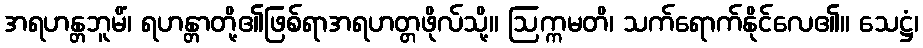
အရဟန္တဘူမိံ၊ ရဟန္တာတို့၏ဖြစ်ရာအရဟတ္တဖိုလ်သို့။ ဩက္ကမတိ၊ သက်ရောက်နိုင်လေ၏။ သေဋ္ဌံ၊